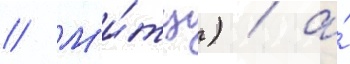
// М'и́тц) / а́